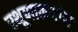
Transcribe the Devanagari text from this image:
स्थूणाकर्णाला